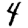
Digit: 4